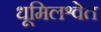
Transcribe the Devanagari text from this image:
धूमिलश्वेत